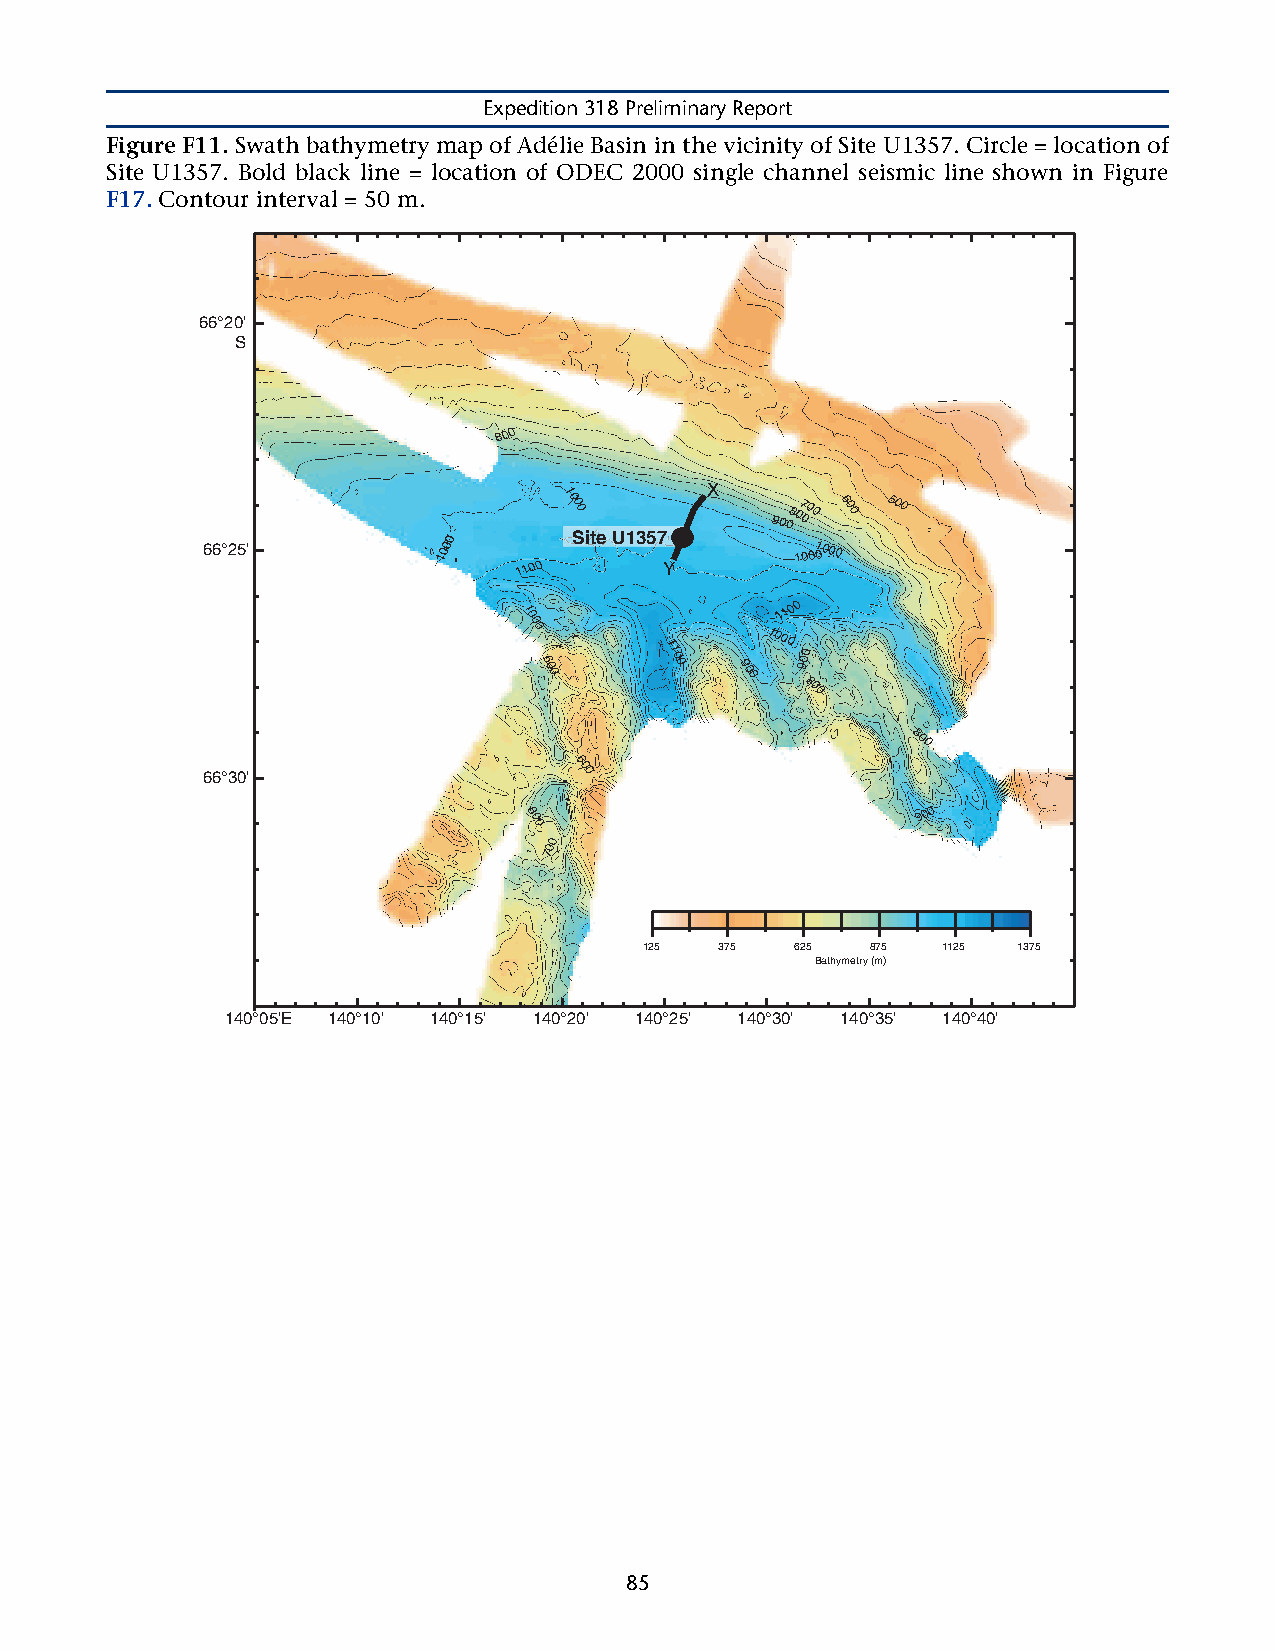
Expedition 318 Preliminary Report
 Figure F11. Swath bathymetry map of Adélie Basin in the vicinity of Site U1357. Circle = location of
 Site U1357. Bold black line = location of ODEC 2000 single channel seismic line shown in Figure
 F17. Contour interval = 50 m.
 66°20'
 S
 800
 X
 1000          900807 000 600 500
 66°25'
 1000
 1100
 Site U1357
 Y
 1001 0000
 1000
 1
 1001
 0100
 6 0
 0
 1 0 0 900 900
 800
 800
 66°30'
 600
 800                       900
 0
 0
 7
 125  375  625  875 1125 1375
 Bathymetry (m)
 140°05'E 140°10' 140°15' 140°20' 140°25' 140°30' 140°35' 140°40'
 85